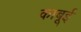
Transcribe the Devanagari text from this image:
काबूई